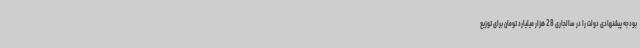
بودجه پیشنهادی دولت را در سالجاری 28 هزار میلیارد تومان برای توزیع